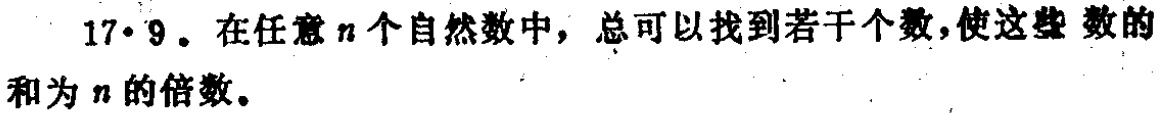
17·9. 在任意\(n\)个自然数中，总可以找到若干个数，使这些 数的和为\(n\)的倍数。